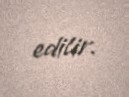
edilir.